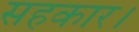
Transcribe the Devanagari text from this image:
सहकार।